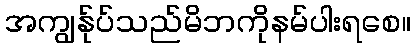
အကျွန်ုပ်သည်မိဘကိုနမ်ပါးရစေ။